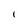
Character: I